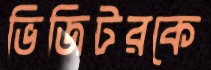
ভিজিটরকে